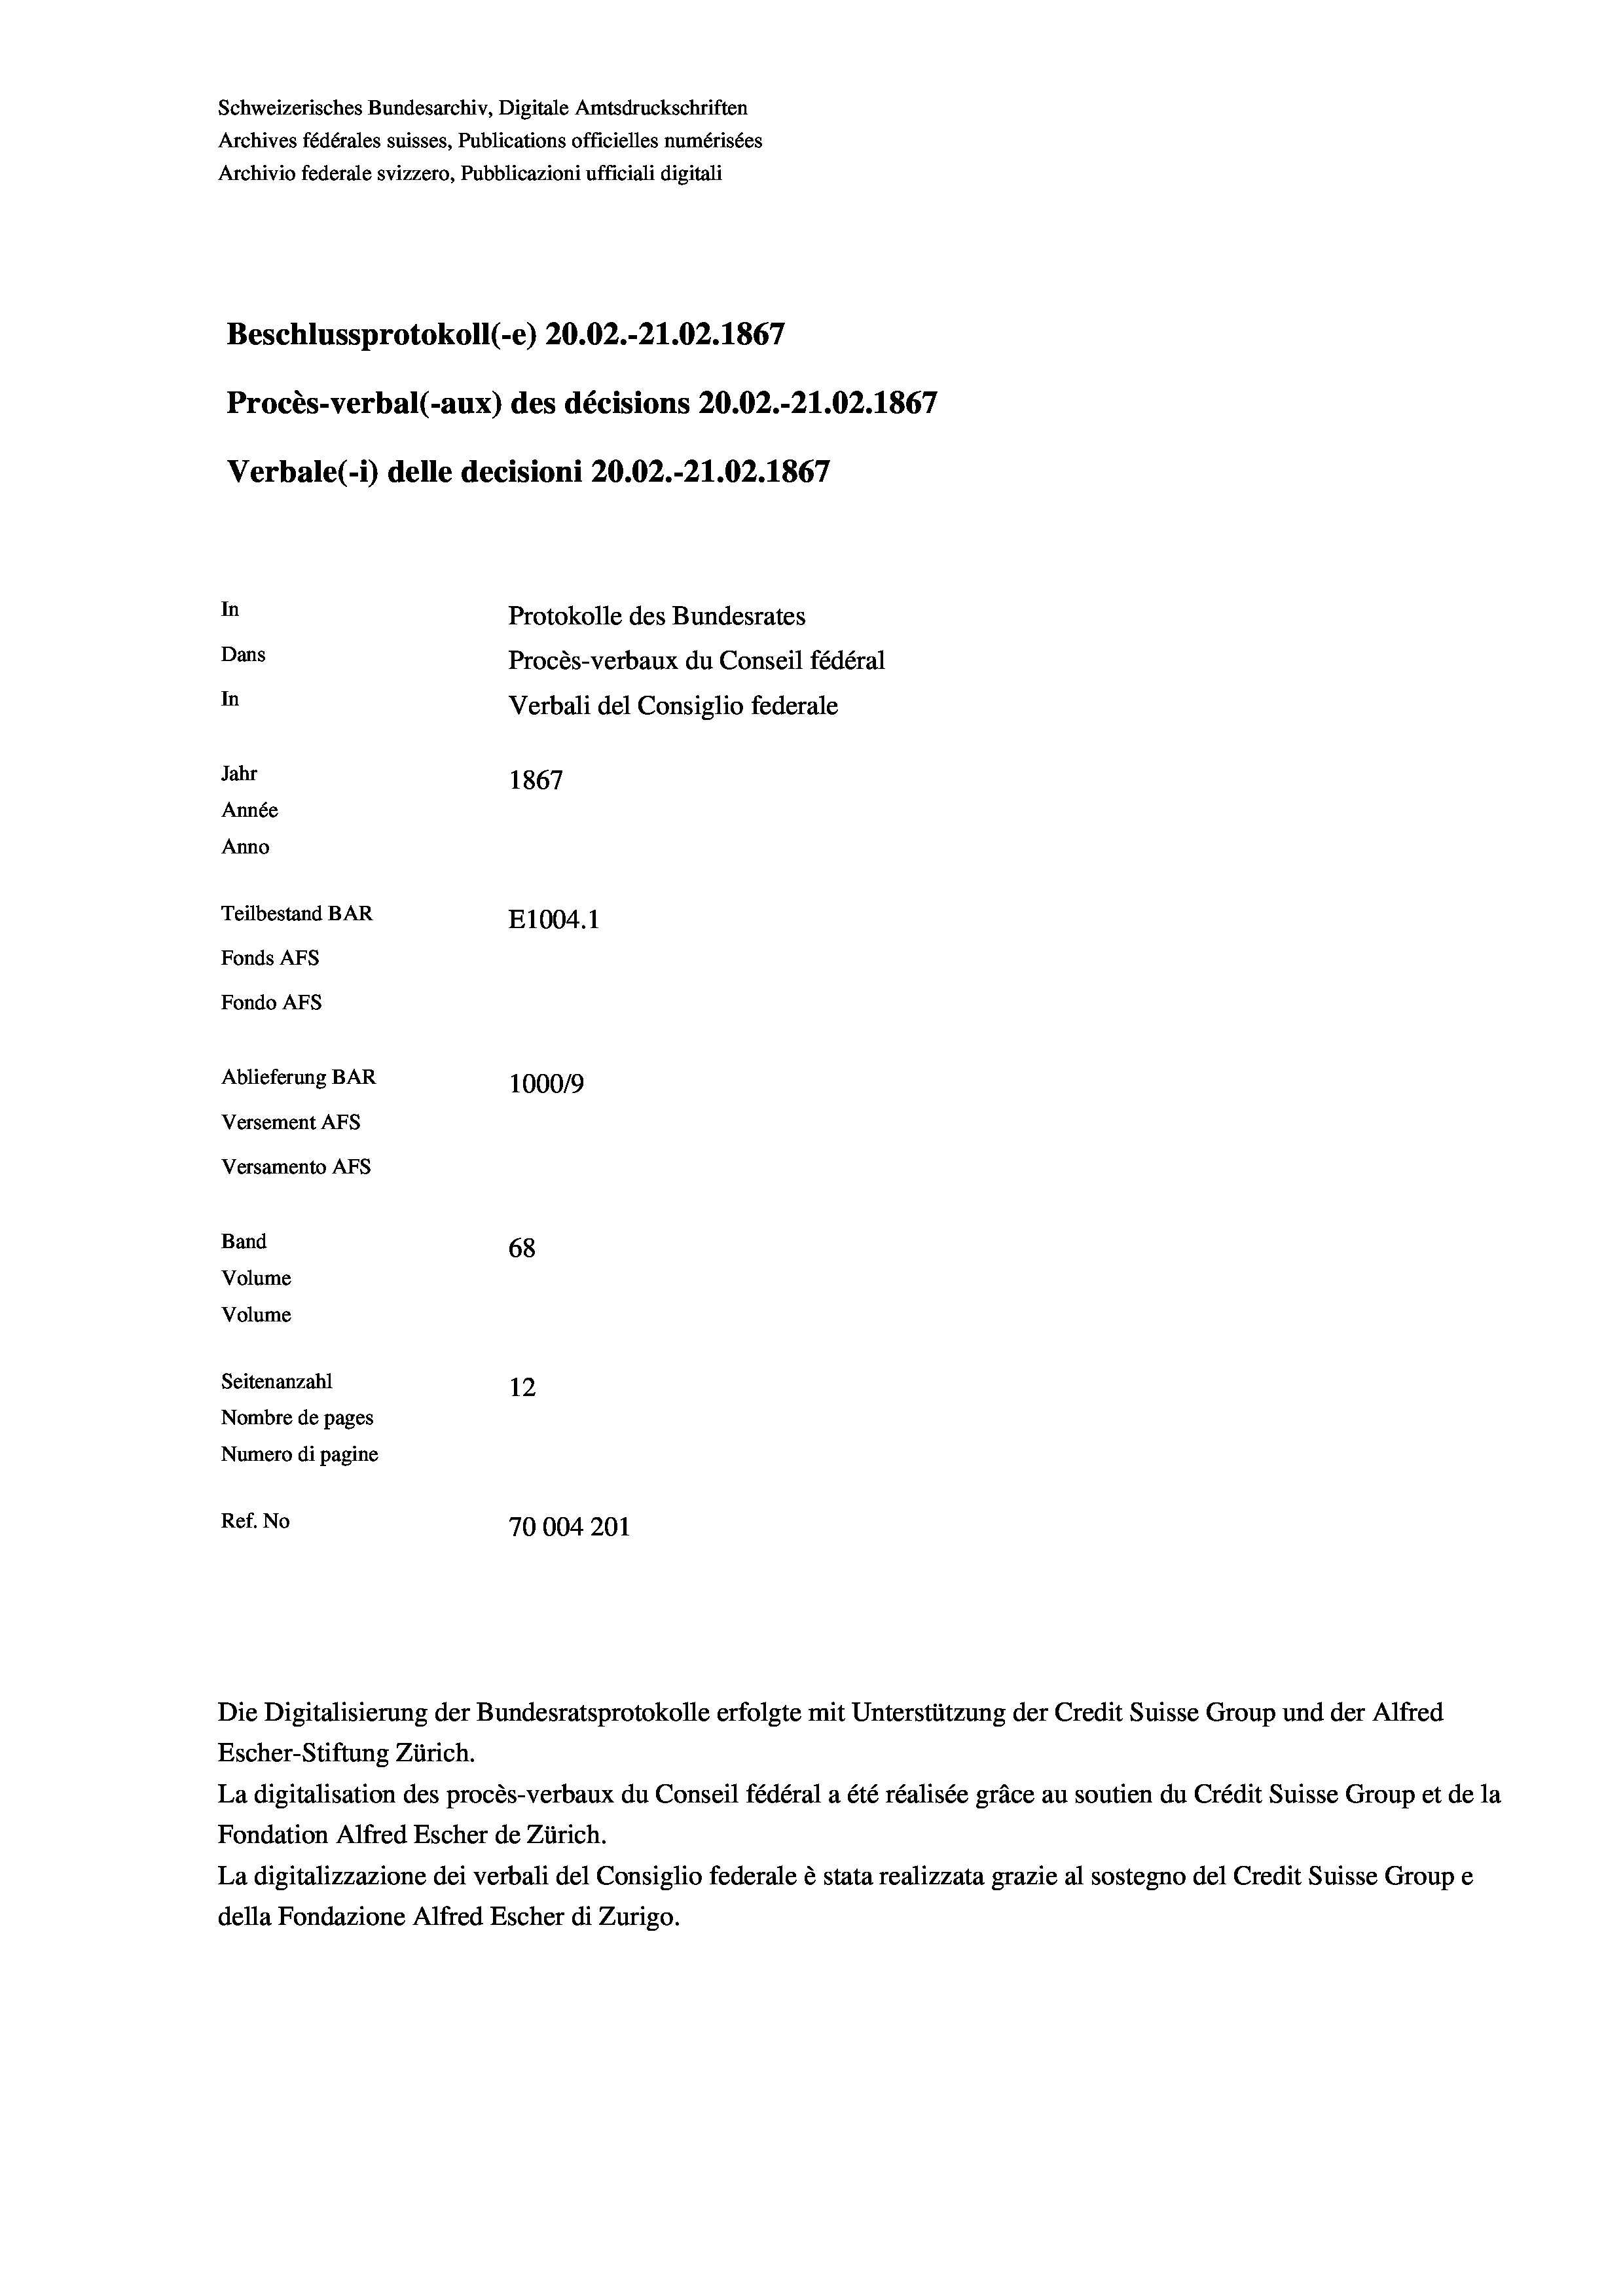
Schweizerisches Bundesarchiv, Digitale Amtsdruckschriften
Archives fédérales suisses, Publications officielles numérisées
Archivio federale svizzero, Pubblicazioni ufficiali digitali
Beschlussprotokoll (-e) 20.02.-21.02. 1867
Procès-verbal (-aux) des décisions 20.02.-21.02. 1867
Verbale (- 1) delle decisioni 20.02.-21.02. 1867
In
Protokolle des Bundesrates
Dans
Procès-verbaux du Conseil fédéral
In
Verbali del Consiglio federale
Jahr
1867
Année
Anno
Teilbestand BAR
E1004.1
Fonds Afs
Fondo AFS
Ablieferung BAR
100019
Versement AFs
Versamento AFs

68
12
Nombre de pages
Numero di pagine
Ref. No
70004201

Band
Volume

Volume
Seitenanzahl

Escher-Stiftung Zürich.
La digitalisation des procès-verbaux du Conseil fédéral a été réalisée gräce au soutien du Crédit Suisse Group et de la
Fondation Alfred Escher de Zürich.
La digitalizzazione dei verbali del Consiglio federale è stata realizzata grazie al sostegno del Credit Suisse Groupe
della Fondazione Alfred Escher di Zurigo.

Die Digitalisierung der Bundesratsprotokolle erfolgte mit Unterstützung der Credit Suisse Group und der Alfred